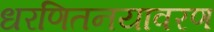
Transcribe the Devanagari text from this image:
धरणितनयावरण